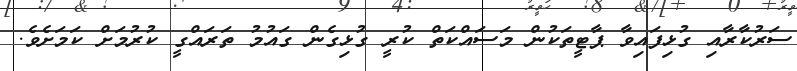
ސަރުކާރާއި ގުޅިފައިވާ ޕާޓީތަކުން މަސައްކަތް ކުރީ ގުޅިގެން ގައުމު ތަރައްގީ ކުރުމަށް ކަމަށެވެ.